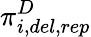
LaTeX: \pi_{i,del,rep}^{D}